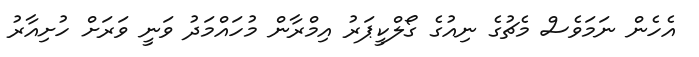
އެހެން ނަމަވެސް މެޗުގެ ނިއުގެ ގޯލްކީޕަރު އިމްރާން މުހައްމަދު ވަނީ ވަރަށް ހުށިއާރު